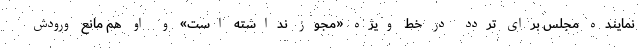
نماینده مجلس برای تردد در خط ویژه «مجوز نداشته است» و او هم مانع ورودش